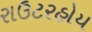
રાઉટરહોય